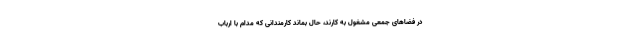
در فضاهای جمعی مشغول به کارند، حال بماند کارمندانی که مدام با ارباب